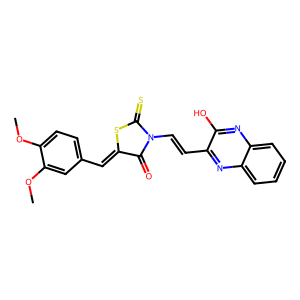
SMILES: COc1ccc(C=C2SC(=S)N(C=Cc3nc4ccccc4nc3O)C2=O)cc1OC
Inhibits HIV replication: No